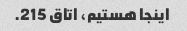
اینجا هستیم، اتاق 215.